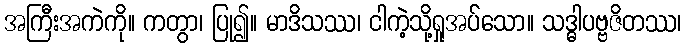
အကြီးအကဲကို။ ကတွာ၊ ပြု၍။ မာဒိသဿ၊ ငါကဲ့သို့ရှုအပ်သော။ သဒ္ဓါပဗ္ဗဇိတဿ၊